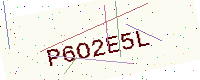
Text: P6O2E5L